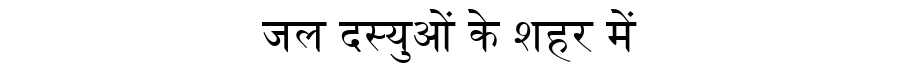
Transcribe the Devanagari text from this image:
जल दस्युओं के शहर में